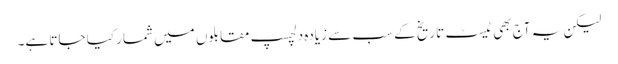
لیکن یہ آج بھی ٹیسٹ تاریخ کے سب سے زیادہ دلچسپ مقابلوں میں شمار کیا جاتا ہے۔